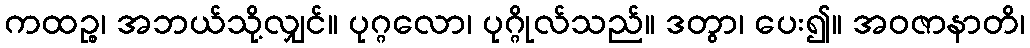
ကထဉ္စ၊ အဘယ်သို့လျှင်။ ပုဂ္ဂလော၊ ပုဂ္ဂိုလ်သည်။ ဒတွာ၊ ပေး၍။ အဝဇာနာတိ၊